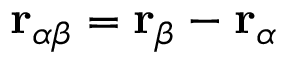
{ \bf r } _ { \alpha \beta } = { \bf r } _ { \beta } - { \bf r } _ { \alpha }